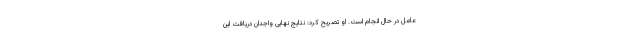
عامل در حال انجام است. او تصریح کرد: نتایج نهایی واجدان دریافت این